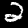
Label: 2